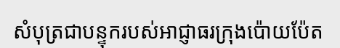
សំបុត្រជាបន្ទុករបស់អាជ្ញាធរក្រុងប៉ោយប៉ែត